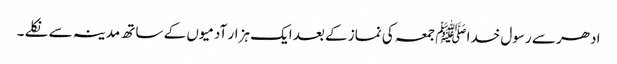
ادھر سے رسول خداﷺ جمعہ کی نماز کے بعد ایک ہزار آدمیوں کے ساتھ مدینہ سے نکلے ۔